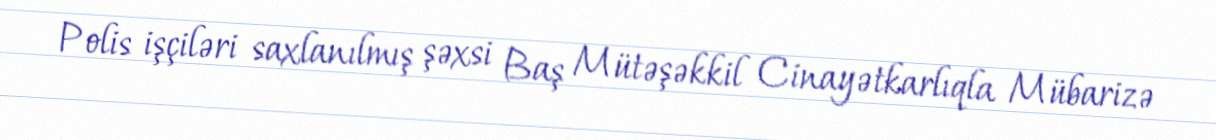
Polis işçiləri saxlanılmış şəxsi Baş Mütəşəkkil Cinayətkarlıqla Mübarizə